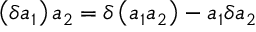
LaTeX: \left( \delta a _ { 1 } \right) a _ { 2 } = \delta \left( a _ { 1 } a _ { 2 } \right) - a _ { 1 } \delta a _ { 2 }